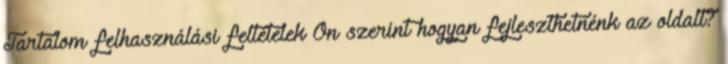
Tartalom felhasználási feltételek Ön szerint hogyan fejleszthetnénk az oldalt?